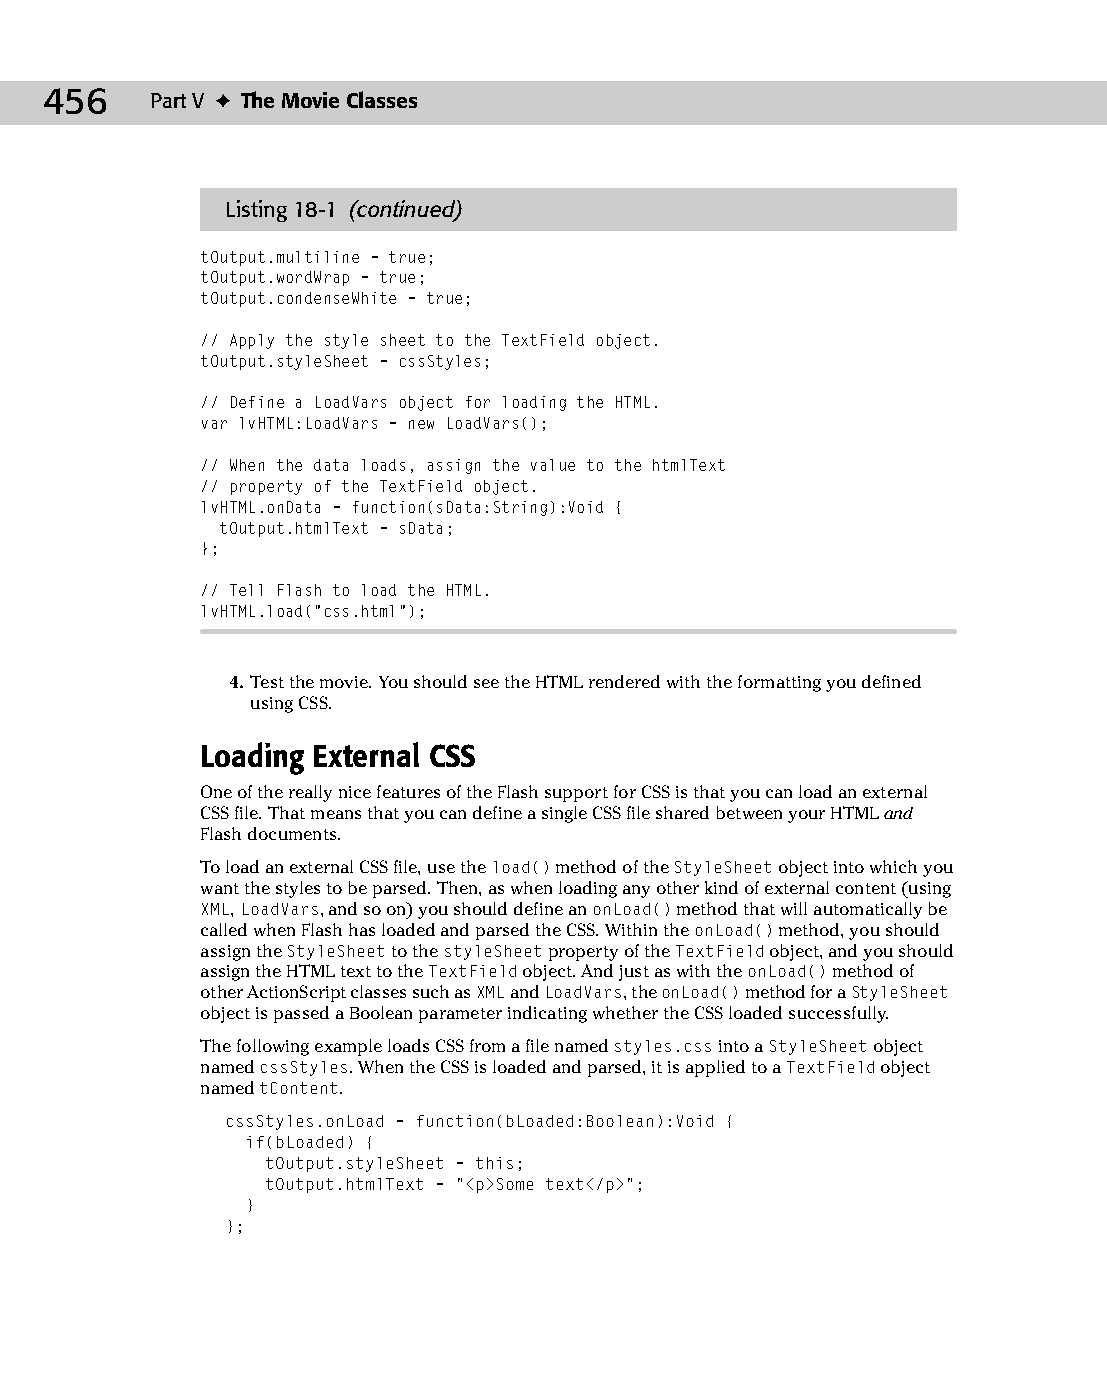
24 543547 ch18.qxd 3/24/04 4:10 PM Page 456
 456    Part V ✦ The Movie Classes
 Listing 18-1 (continued)
 tOutput.multiline = true;
 tOutput.wordWrap = true;
 tOutput.condenseWhite = true;
 // Apply the style sheet to the TextField object.
 tOutput.styleSheet = cssStyles;
 // Define a LoadVars object for loading the HTML.
 var lvHTML:LoadVars = new LoadVars();
 // When the data loads, assign the value to the htmlText
 // property of the TextField object.
 lvHTML.onData = function(sData:String):Void {
 tOutput.htmlText = sData;
 };
 // Tell Flash to load the HTML.
 lvHTML.load(“css.html”);
 4. Test the movie. You should see the HTML rendered with the formatting you defined
 using CSS.
 Loading External CSS
 One of the really nice features of the Flash support for CSS is that you can load an external
 CSS file. That means that you can define a single CSS file shared between your HTML and
 Flash documents.
 To load an external CSS file, use the load() method of the StyleSheet object into which you
 want the styles to be parsed. Then, as when loading any other kind of external content (using
 XML, LoadVars, and so on) you should define an onLoad() method that will automatically be
 called when Flash has loaded and parsed the CSS. Within the onLoad() method, you should
 assign the StyleSheet to the styleSheet property of the TextField object, and you should
 assign the HTML text to the TextField object. And just as with the onLoad() method of
 other ActionScript classes such as XML and LoadVars, the onLoad() method for a StyleSheet
 object is passed a Boolean parameter indicating whether the CSS loaded successfully.
 The following example loads CSS from a file named styles.css into a StyleSheet object
 named cssStyles. When the CSS is loaded and parsed, it is applied to a TextField object
 named tContent.
 cssStyles.onLoad = function(bLoaded:Boolean):Void {
 if(bLoaded) {
 tOutput.styleSheet = this;
 tOutput.htmlText = “<p>Some text</p>”;
 }
 };